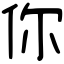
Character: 你